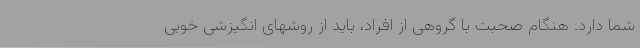
شما دارد. هنگام صحبت با گروهی از افراد، باید از روشهای انگیزشی خوبی